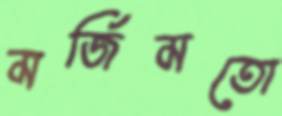
মর্জিমতো